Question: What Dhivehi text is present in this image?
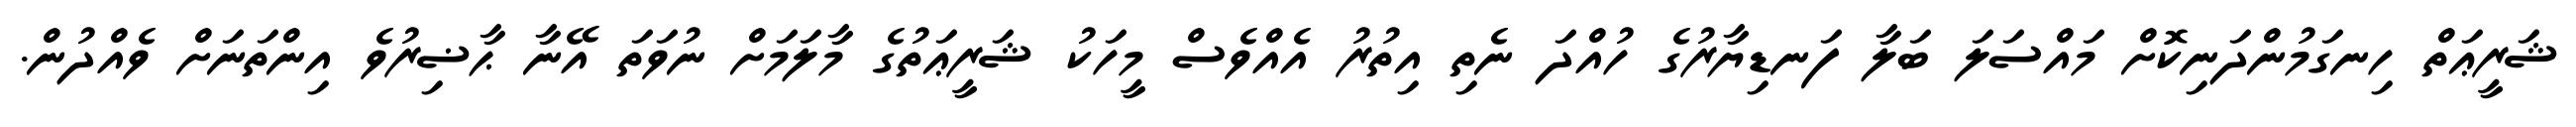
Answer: ޝަރީޢަތް ހިނގަމުންދަނިކޮށް މައްސަލަ ބަލާ ފަނޑިޔާރުގެ ހުއްދަ ނެތި އިތުރު އެއްވެސް މީހަކު ޝަރީޢަތުގެ މާލަމަށް ނުވަތަ އޭނާ ޙާޟިރުވެ އިންތަނަށް ވެއްދުން.